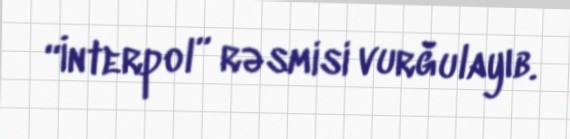
“İnterpol” rəsmisi vurğulayıb.